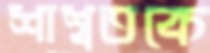
শাশ্বতকে